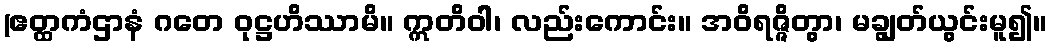
(ဧတ္ထကံဌာနံ ဂတေ ဝုဋ္ဌဟိဿာမိ။ ဣတိဝါ၊ လည်းကောင်း။ အဝိရဇ္ဇိတွာ၊ မချွတ်ယွင်းမူ၍။